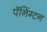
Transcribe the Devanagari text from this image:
पॅनिंग्टन